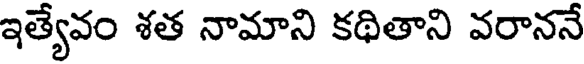
ఇత్యేవం శత నామాని కథితాని వరాననే